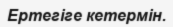
Ертегіге кетермін.